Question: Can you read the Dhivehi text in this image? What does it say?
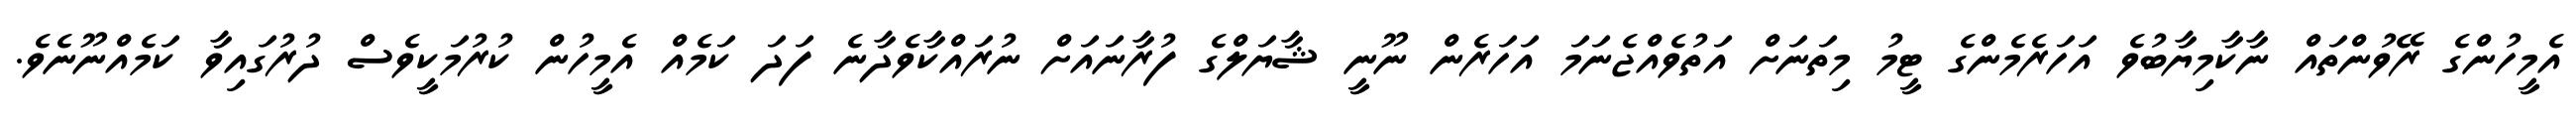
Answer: އެމީހުންގެ ރޭވުންތައް ނާކާމިޔާބުވެ އަހަރެމެންގެ ޓީމު މިތަނަށް އަތުވެއްޖެނަމަ އަހަރެން ނޫނީ ޝާޔަލްގެ ފުރާނައަށް ނުރައްކާވެދާނެ ފަދަ ކަމެއް އެމީހުން ކުރުމަކީވެސް ދުރުގައިވާ ކަމެއްނޫނެވެ.